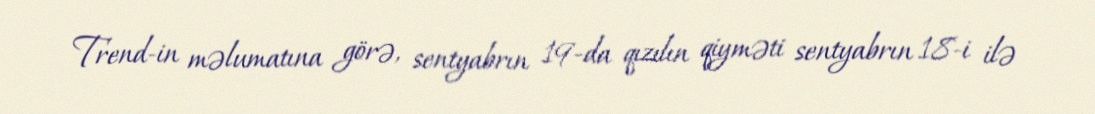
Trend-in məlumatına görə, sentyabrın 19-da qızılın qiyməti sentyabrın 18-i ilə